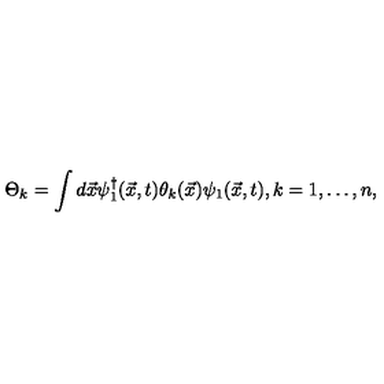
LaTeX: \Theta _ { k } = \int d \vec { x } \psi _ { 1 } ^ { \dag } ( \vec { x } , t ) \theta _ { k } ( \vec { x } ) \psi _ { 1 } ( \vec { x } , t ) , k = 1 , \ldots , n ,